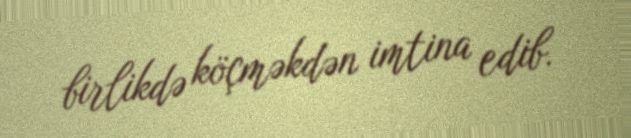
birlikdə köçməkdən imtina edib.